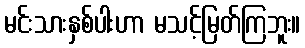
မင်းသားနှစ်ပါးဟာ မသင့်မြတ်ကြဘူး။